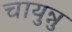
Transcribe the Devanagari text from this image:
चायुन्नु